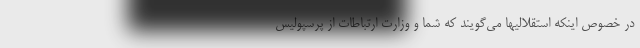
در خصوص اینکه استقلالیها می‌گویند که شما و وزارت ارتباطات از پرسپولیس